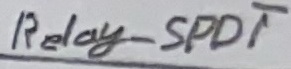
Text: Relay-SPDT